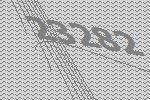
23282